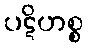
ပဋိဟစ္စ